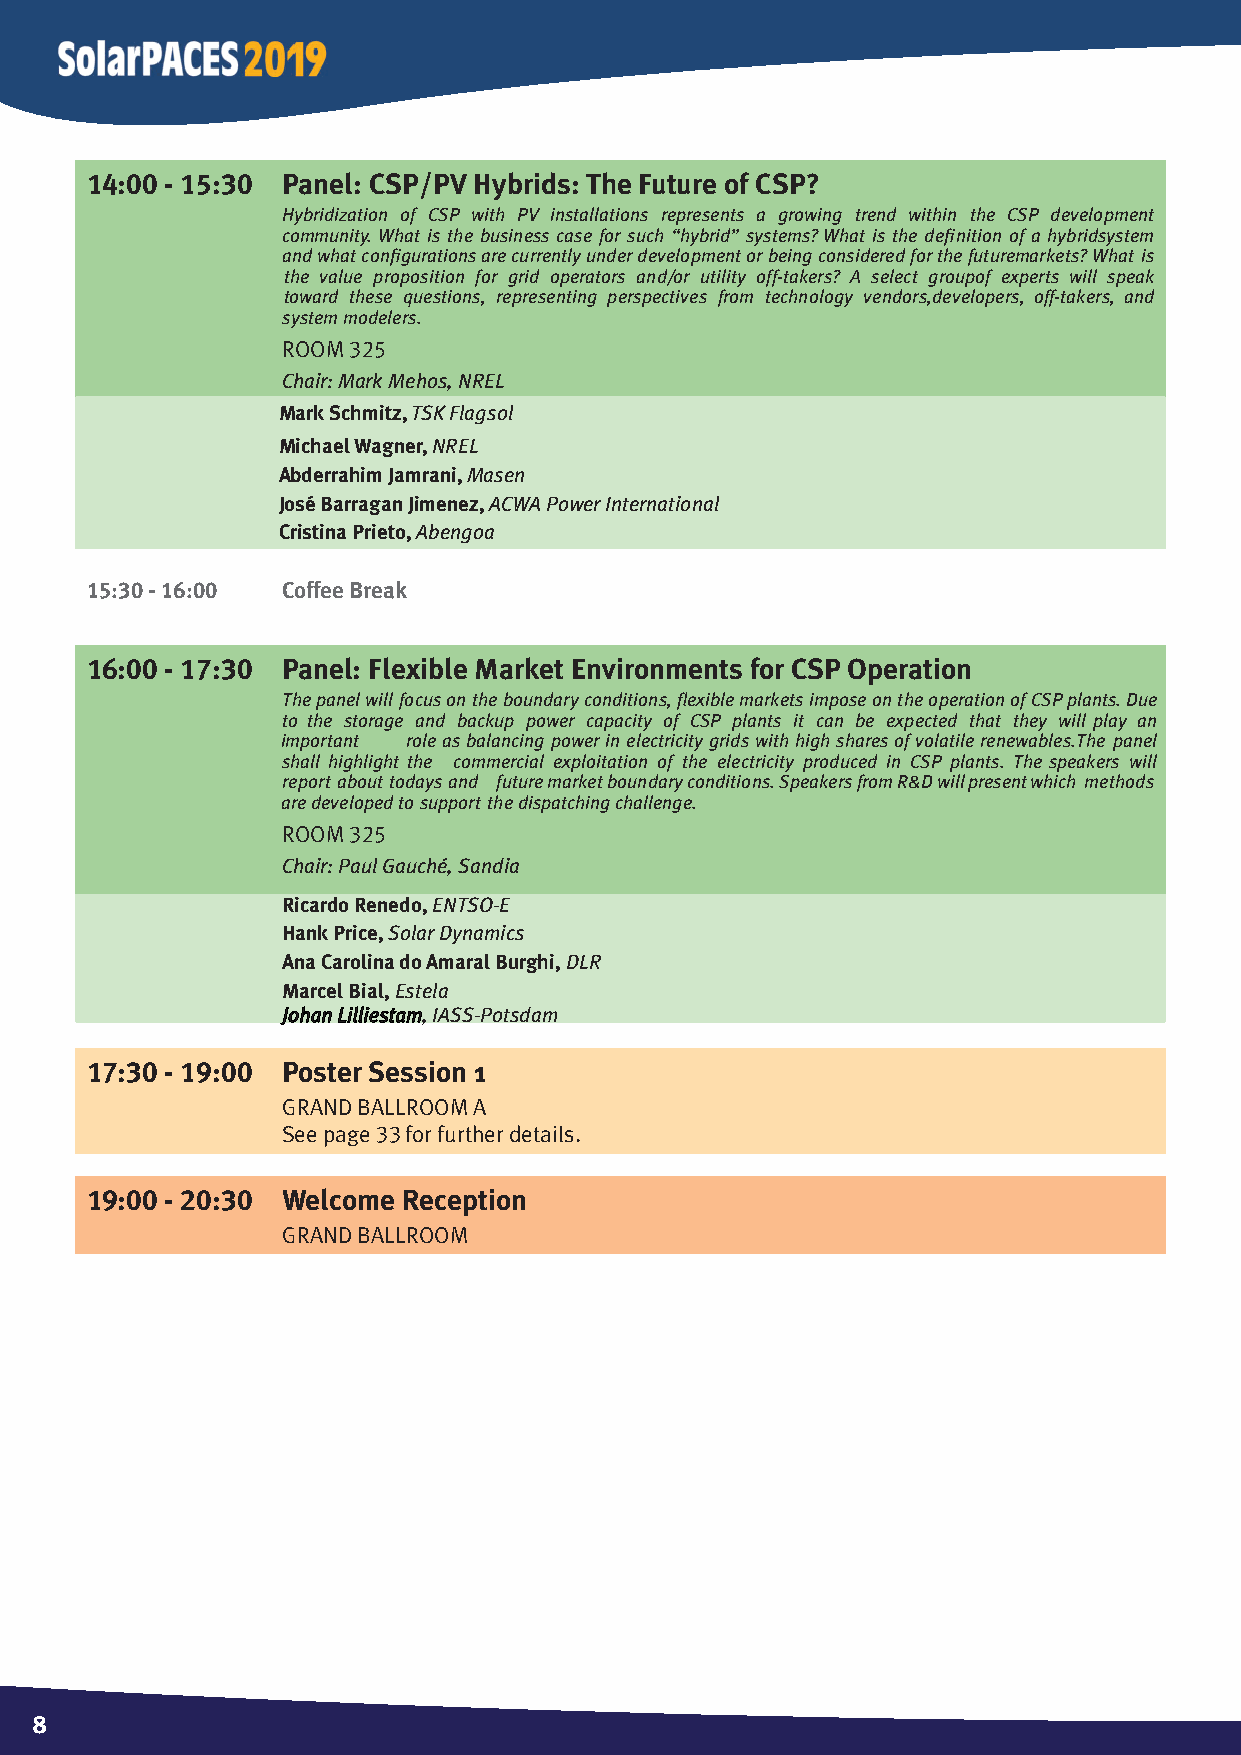
14:00 - 15:30 Panel: CSP/PV Hybrids: The Future of CSP?
 Hybridization of CSP with PV installations represents a growing trend within the CSP development
 community. What is the business case for such “hybrid” systems? What is the defi nition of a hybridsystem
 and what confi gurations are currently under development or being considered for the futuremarkets? What is
 the value proposition for grid operators and/or utility off-takers? A select groupof experts will speak
 toward these questions, representing perspectives from technology vendors,developers, off-takers, and
 system modelers.
 Room325
 Chair: Mark Mehos, NREL
 Mark Schmitz,TSK Flagsol
 Michael Wagner,NREL
 Abderrahim Jamrani,Masen
 José Barragan Jimenez,ACWA Power International
 Cristina Prieto, Abengoa
 15:30 - 16:00 Coffee Break
 16:00 - 17:30 Panel: Flexible Market Environments for CSP Operation
 The panel will focus on the boundary conditions, fl exible markets impose on the operation of CSPplants. Due
 to the storage and backup power capacity of CSP plants it can be expected that they will play an
 important role as balancing power in electricity grids with high shares of volatile renewables.The panel
 shall highlight the commercial exploitation of the electricity produced in CSP plants. The speakers will
 report about todays and future market boundary conditions. Speakers from R&D will present which methods
 are developed to support the dispatching challenge.
 Room325
 Chair: Paul Gauché, Sandia
 Ricardo Renedo,ENTSO-E
 Hank Price,Solar Dynamics
 Ana Carolina do Amaral Burghi,DLR
 Marcel Bial, Estela
 Johan Lilliestam, IASS-Potsdam
 17:30 - 19:00 Poster Session 1
 GRand BaLLRoom a
 See page 33 for further details.
 19:00 - 20:30 Welcome Reception
 GRand BaLLRoom
 888